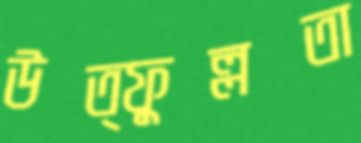
উত্ফুল্লতা